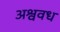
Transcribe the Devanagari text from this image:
अश्ववध